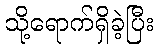
သို့ရောက်ရှိခဲ့ပြီး